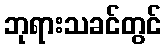
ဘုရားသခင်တွင်